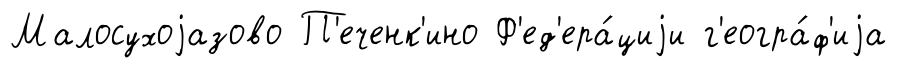
Малосухоjазово П'еченк'ино Ф'ед'ера́циjи г'еогра́ф'иjа